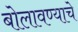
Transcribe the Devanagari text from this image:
बोलावण्याचे